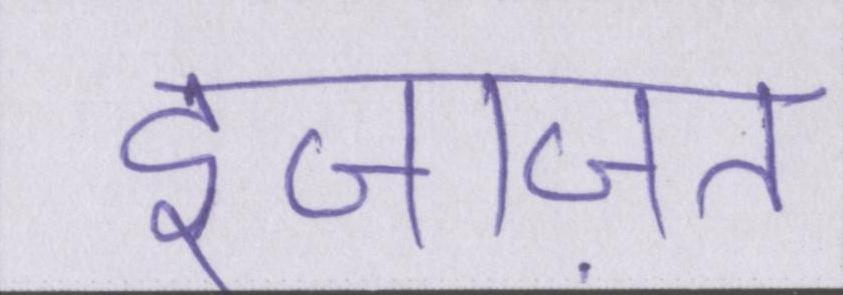
इजाज़त